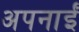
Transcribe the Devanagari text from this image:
अपनाईं